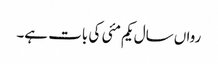
رواں سال یکم مئی کی بات ہے۔